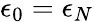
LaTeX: \epsilon_{0}=\epsilon_{N}